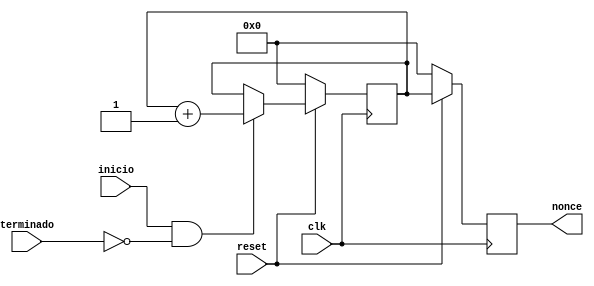
module entrada_hash(
	input inicio,
	input terminado,
	input clk,
	input reset,
	output reg [31:0] nonce
);

	reg [31:0] contadores;

	always @(posedge clk) begin
		if(reset == 0)begin
			contadores <= 0;
			nonce <= 0;
		end
		else if(inicio == 1 & terminado == 0)begin 
			contadores <= contadores +1;
			nonce <= contadores;
		end
		else begin
			contadores <= contadores;
			nonce <= contadores;
		end
	end
	
endmodule